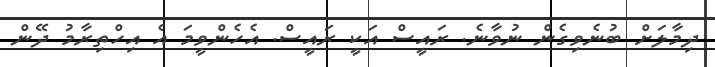
ދިމާލަށް ބުނެވިގެން ނުވާނެ. ރައީސް އަކީ ރައީސް. އެހެންވީމަ އެ އިހްތިރާމު ދޭން